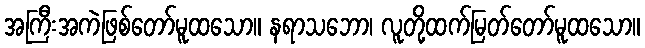
အကြီးအကဲဖြစ်တော်မူထသော။ နရာသဘော၊ လူတို့ထက်မြတ်တော်မူထသော။